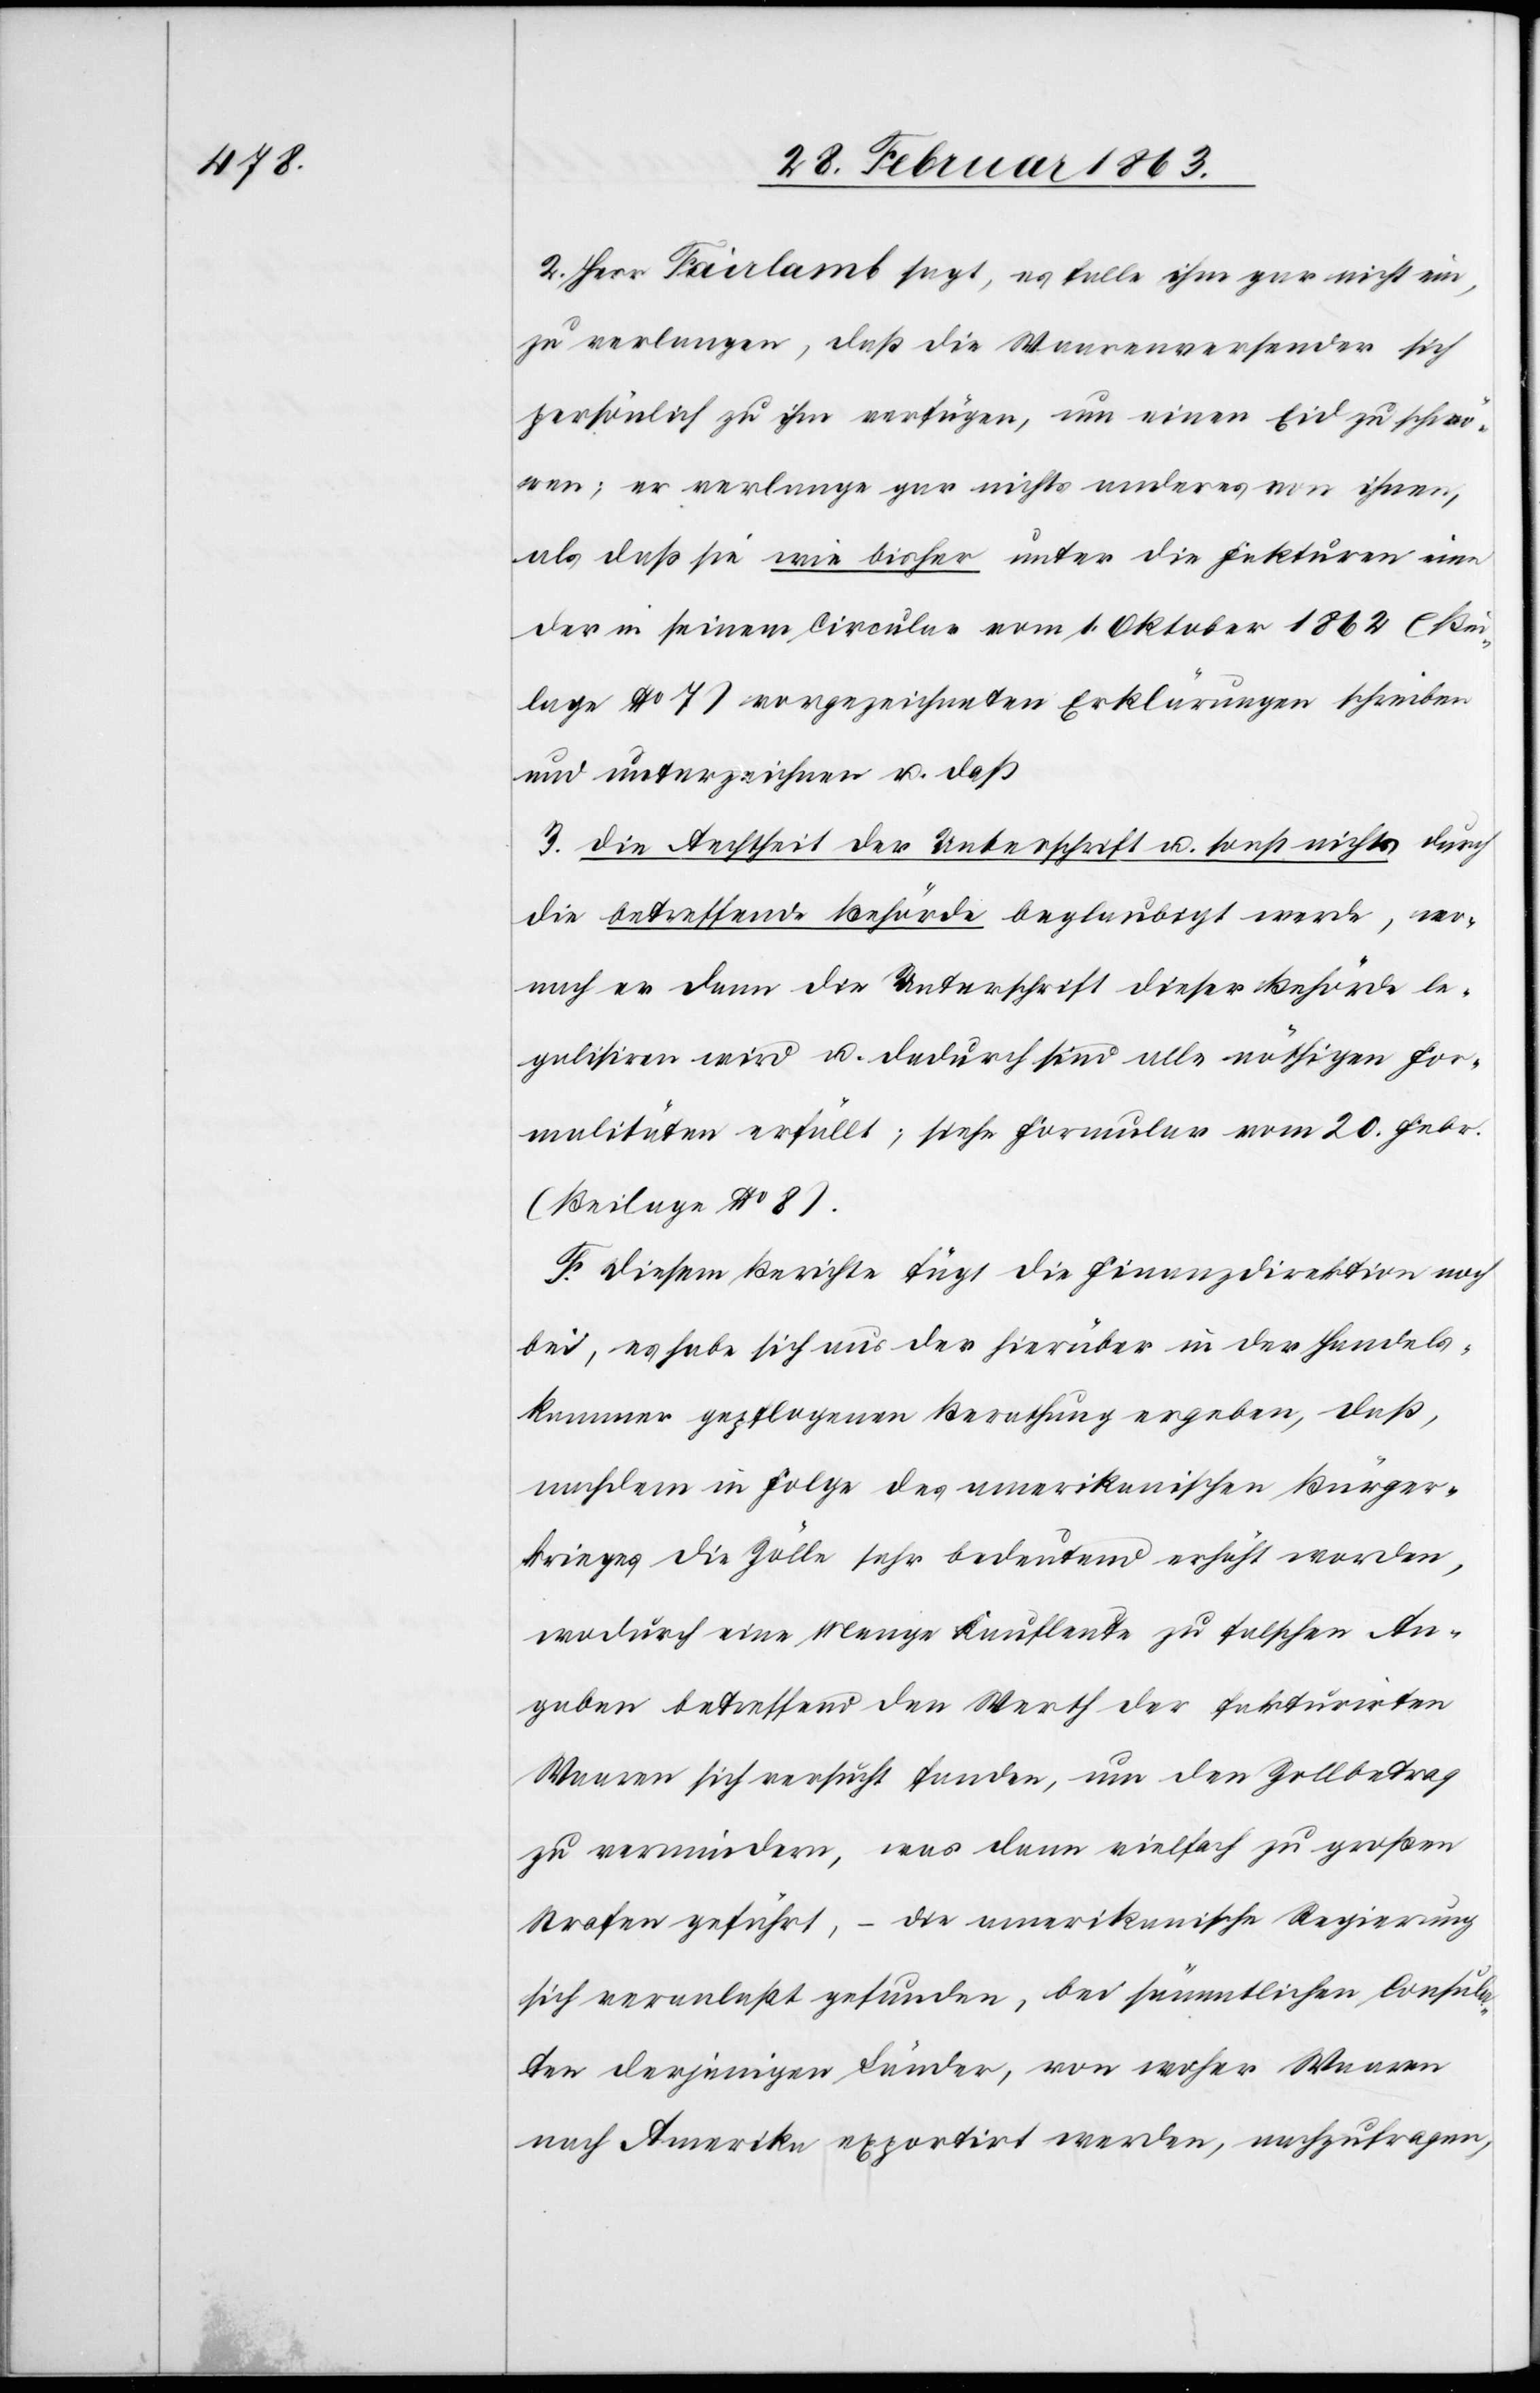
2. Herr Fairlamb sagt, es falle ihm gar nicht ein,
zu verlangen, daß die Waarenversender sich
persönlich zu ihm verfügen, um einen Eid zu schwö¬
ren; er verlange gar nichts anderes von ihnen,
als daß sie wie bisher unter die Fakturen eine
der in seinem Circular vom 1. Oktober 1862 (Bei¬
lage No 7) vorgezeichneten Erklärungen schreiben
und unterzeichnen u. daß
3. die Aechtheit der Unterschrift u. sonst nichts durch
die betreffende Behörde beglaubigt werde, wo¬
nach es dann die Unterschrift dieser Behörde le¬
galisiren wird u. dadurch sind alle nöthigen For¬
malitäten erfüllt; siehe Formular vom 20. Febr.
(Beilage No 8).
F. Diesem Berichte fügt die Finanzdirektion noch
bei, es habe sich aus der hierüber in der Handels¬
kammer gepflogenen Berathung ergeben, daß,
nachdem in Folge des amerikanischen Bürger¬
krieges die Zölle sehr bedeutend erhöht worden,
wodurch eine Menge Kaufleute zu falschen An¬
gaben betreffend den Werth der fakturirten
Waaren sich versucht fanden, um den Zollbetrag
zu vermindern, was dann vielfach zu großen
Strafen geführt, – die amerikanische Regierung
sich veranlaßt gefunden, bei sämmtlichen Consula¬
ten derjenigen Länder, von woher Waaren
nach Amerika exportirt werden, nachzufragen,